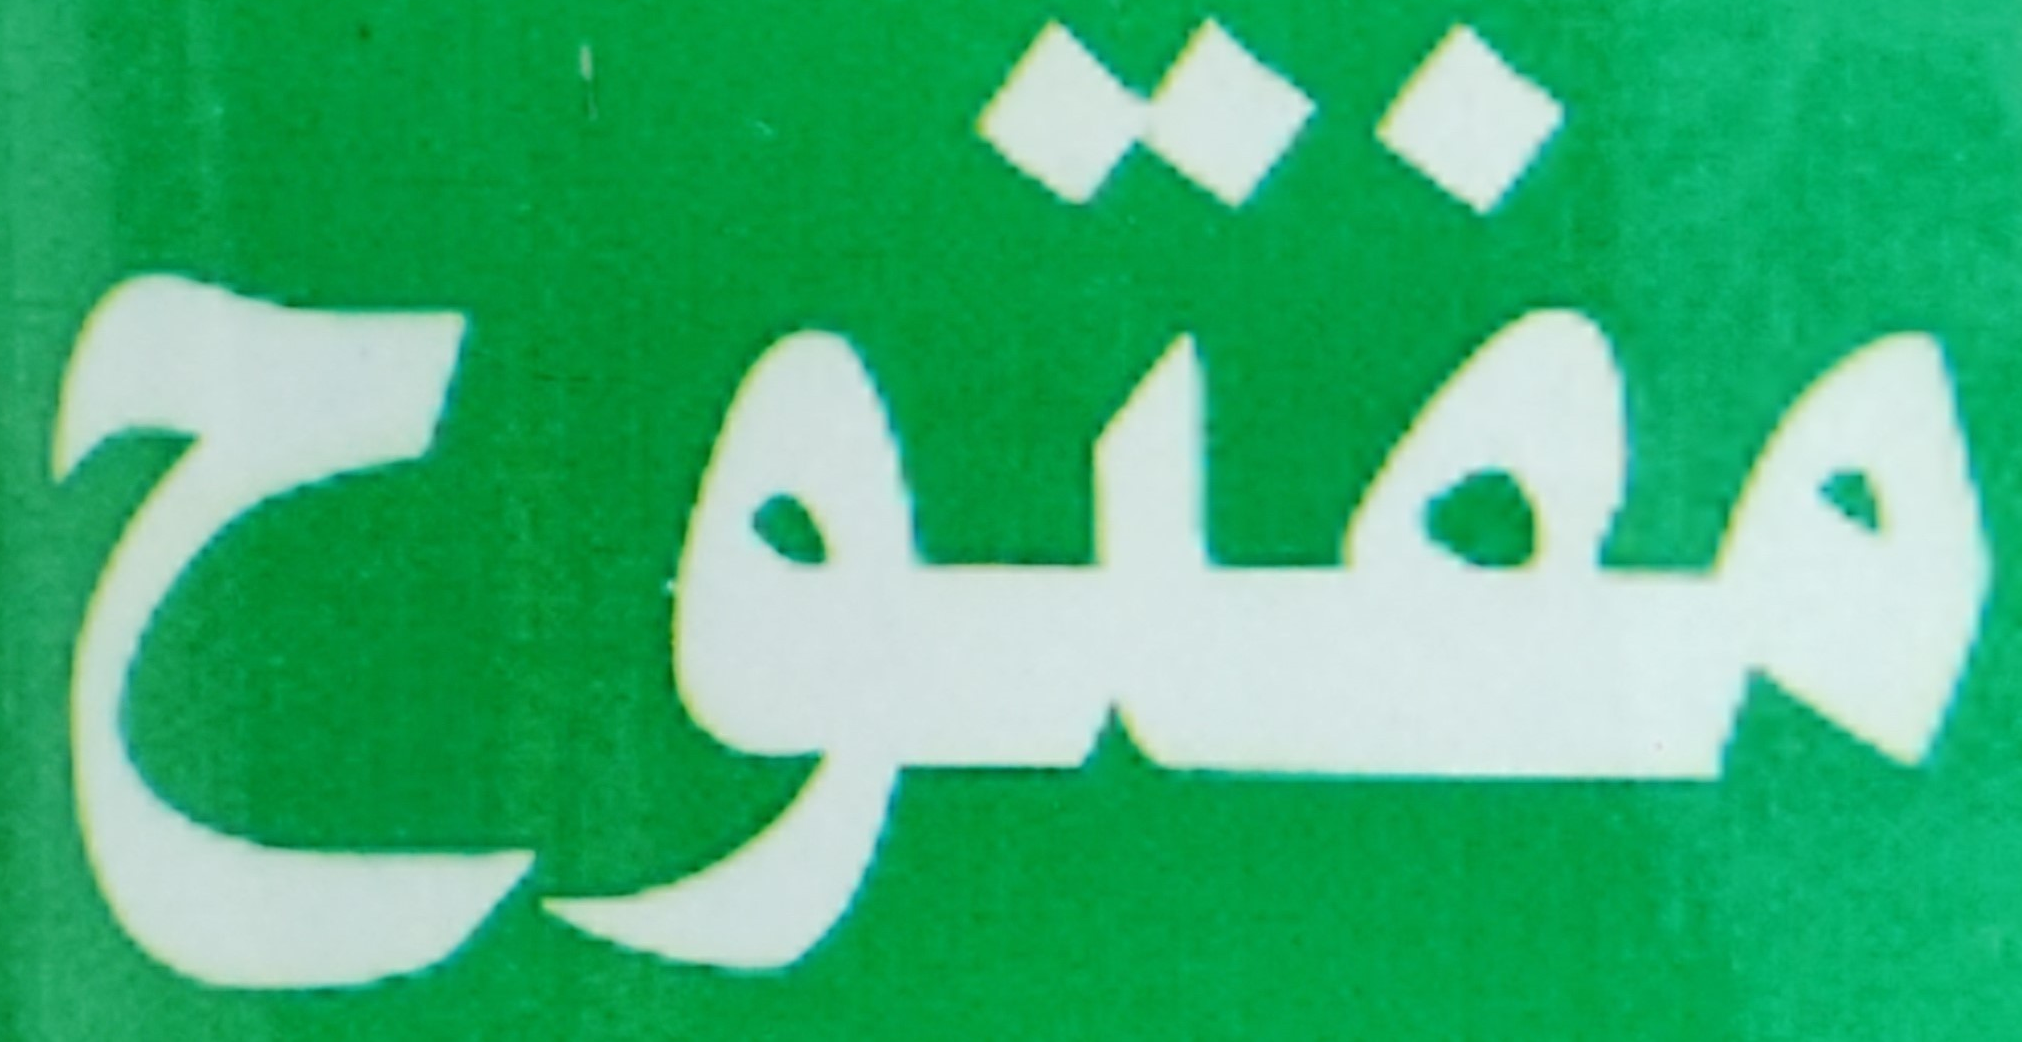
مفتوح